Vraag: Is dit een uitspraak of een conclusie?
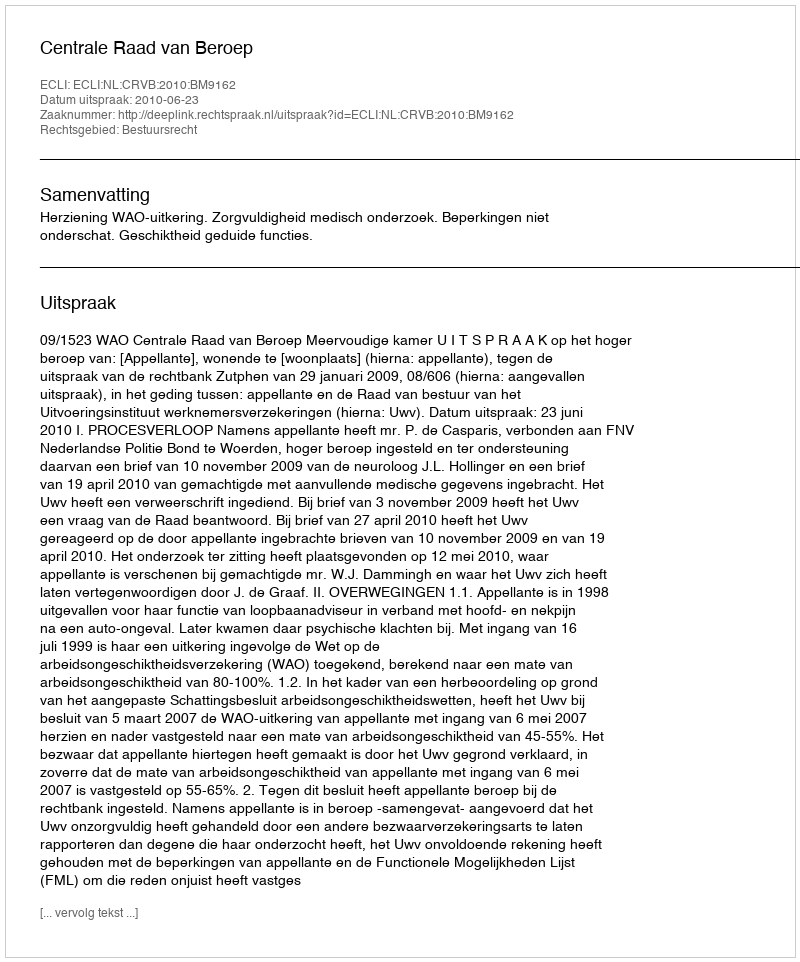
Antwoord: Uitspraak